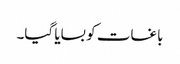
باغات کو بسایا گیا۔